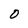
Character: 0